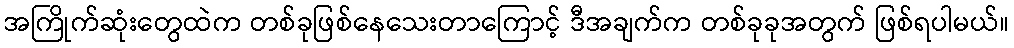
အကြိုက်ဆုံးတွေထဲက တစ်ခုဖြစ်နေသေးတာကြောင့် ဒီအချက်က တစ်ခုခုအတွက် ဖြစ်ရပါမယ်။